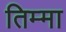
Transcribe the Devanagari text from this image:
तिम्मा